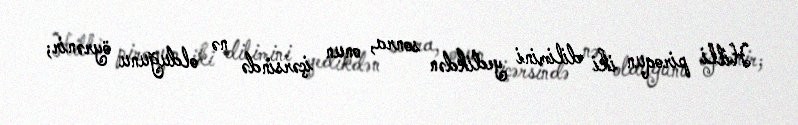
Hilli piroqun iki dilimini yedikdən sonra, onun içərsində nə olduğunu öyrənir;